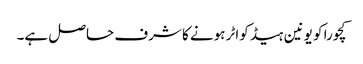
کچورا کو یونین ہیڈ کواٹر ہونے کا شرف حاصل ہے۔